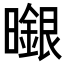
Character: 𭨆